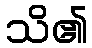
သိ၏